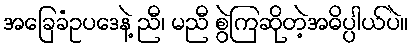
အခြေခံဥပဒေနဲ့ ညီ၊ မညီ စွဲကြဆိုတဲ့အဓိပ္ပါယ်ပဲ။